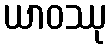
ယာဝဿု